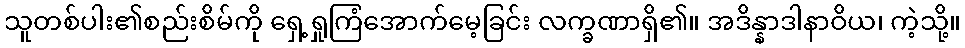
သူတစ်ပါး၏စည်းစိမ်ကို ရှေ့ရှုကြံအောက်မေ့ခြင်း လက္ခဏာရှိ၏။ အဒိန္နာဒါနာဝိယ၊ ကဲ့သို့။